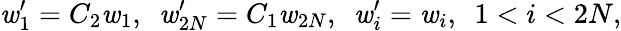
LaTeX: \mathit{w}_{1}^{\prime}=C_{2}\mathit{w}_{1},~~\mathit{w}_{2N}^{\prime}=C_{1}\mathit{w}_{2N},~~\mathit{w}_{i}^{\prime}=\mathit{w}_{i},~~1<i<2N,